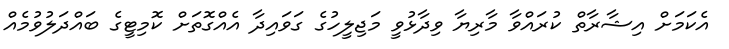
އެކަމަށް އިޝާރާތް ކުރައްވާ މާރިޔާ ވިދާޅުވީ މަޖިލީހުގެ ގަވައިދާ އެއްގޮތަށް ކޮމިޓީގެ ބައްދަލުވުމެއް